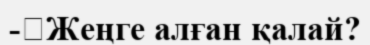
-	Жеңге алған қалай?